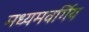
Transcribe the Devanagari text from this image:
मध्यमवर्गिय